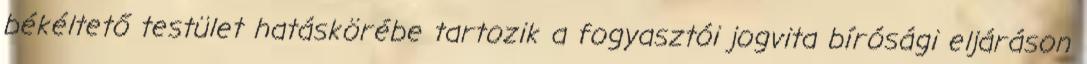
békéltető testület hatáskörébe tartozik a fogyasztói jogvita bírósági eljáráson